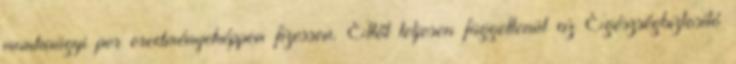
munkaügyi per eredményeképpen fizessen. Ettől teljesen függetlenül az Egészségbiztosító